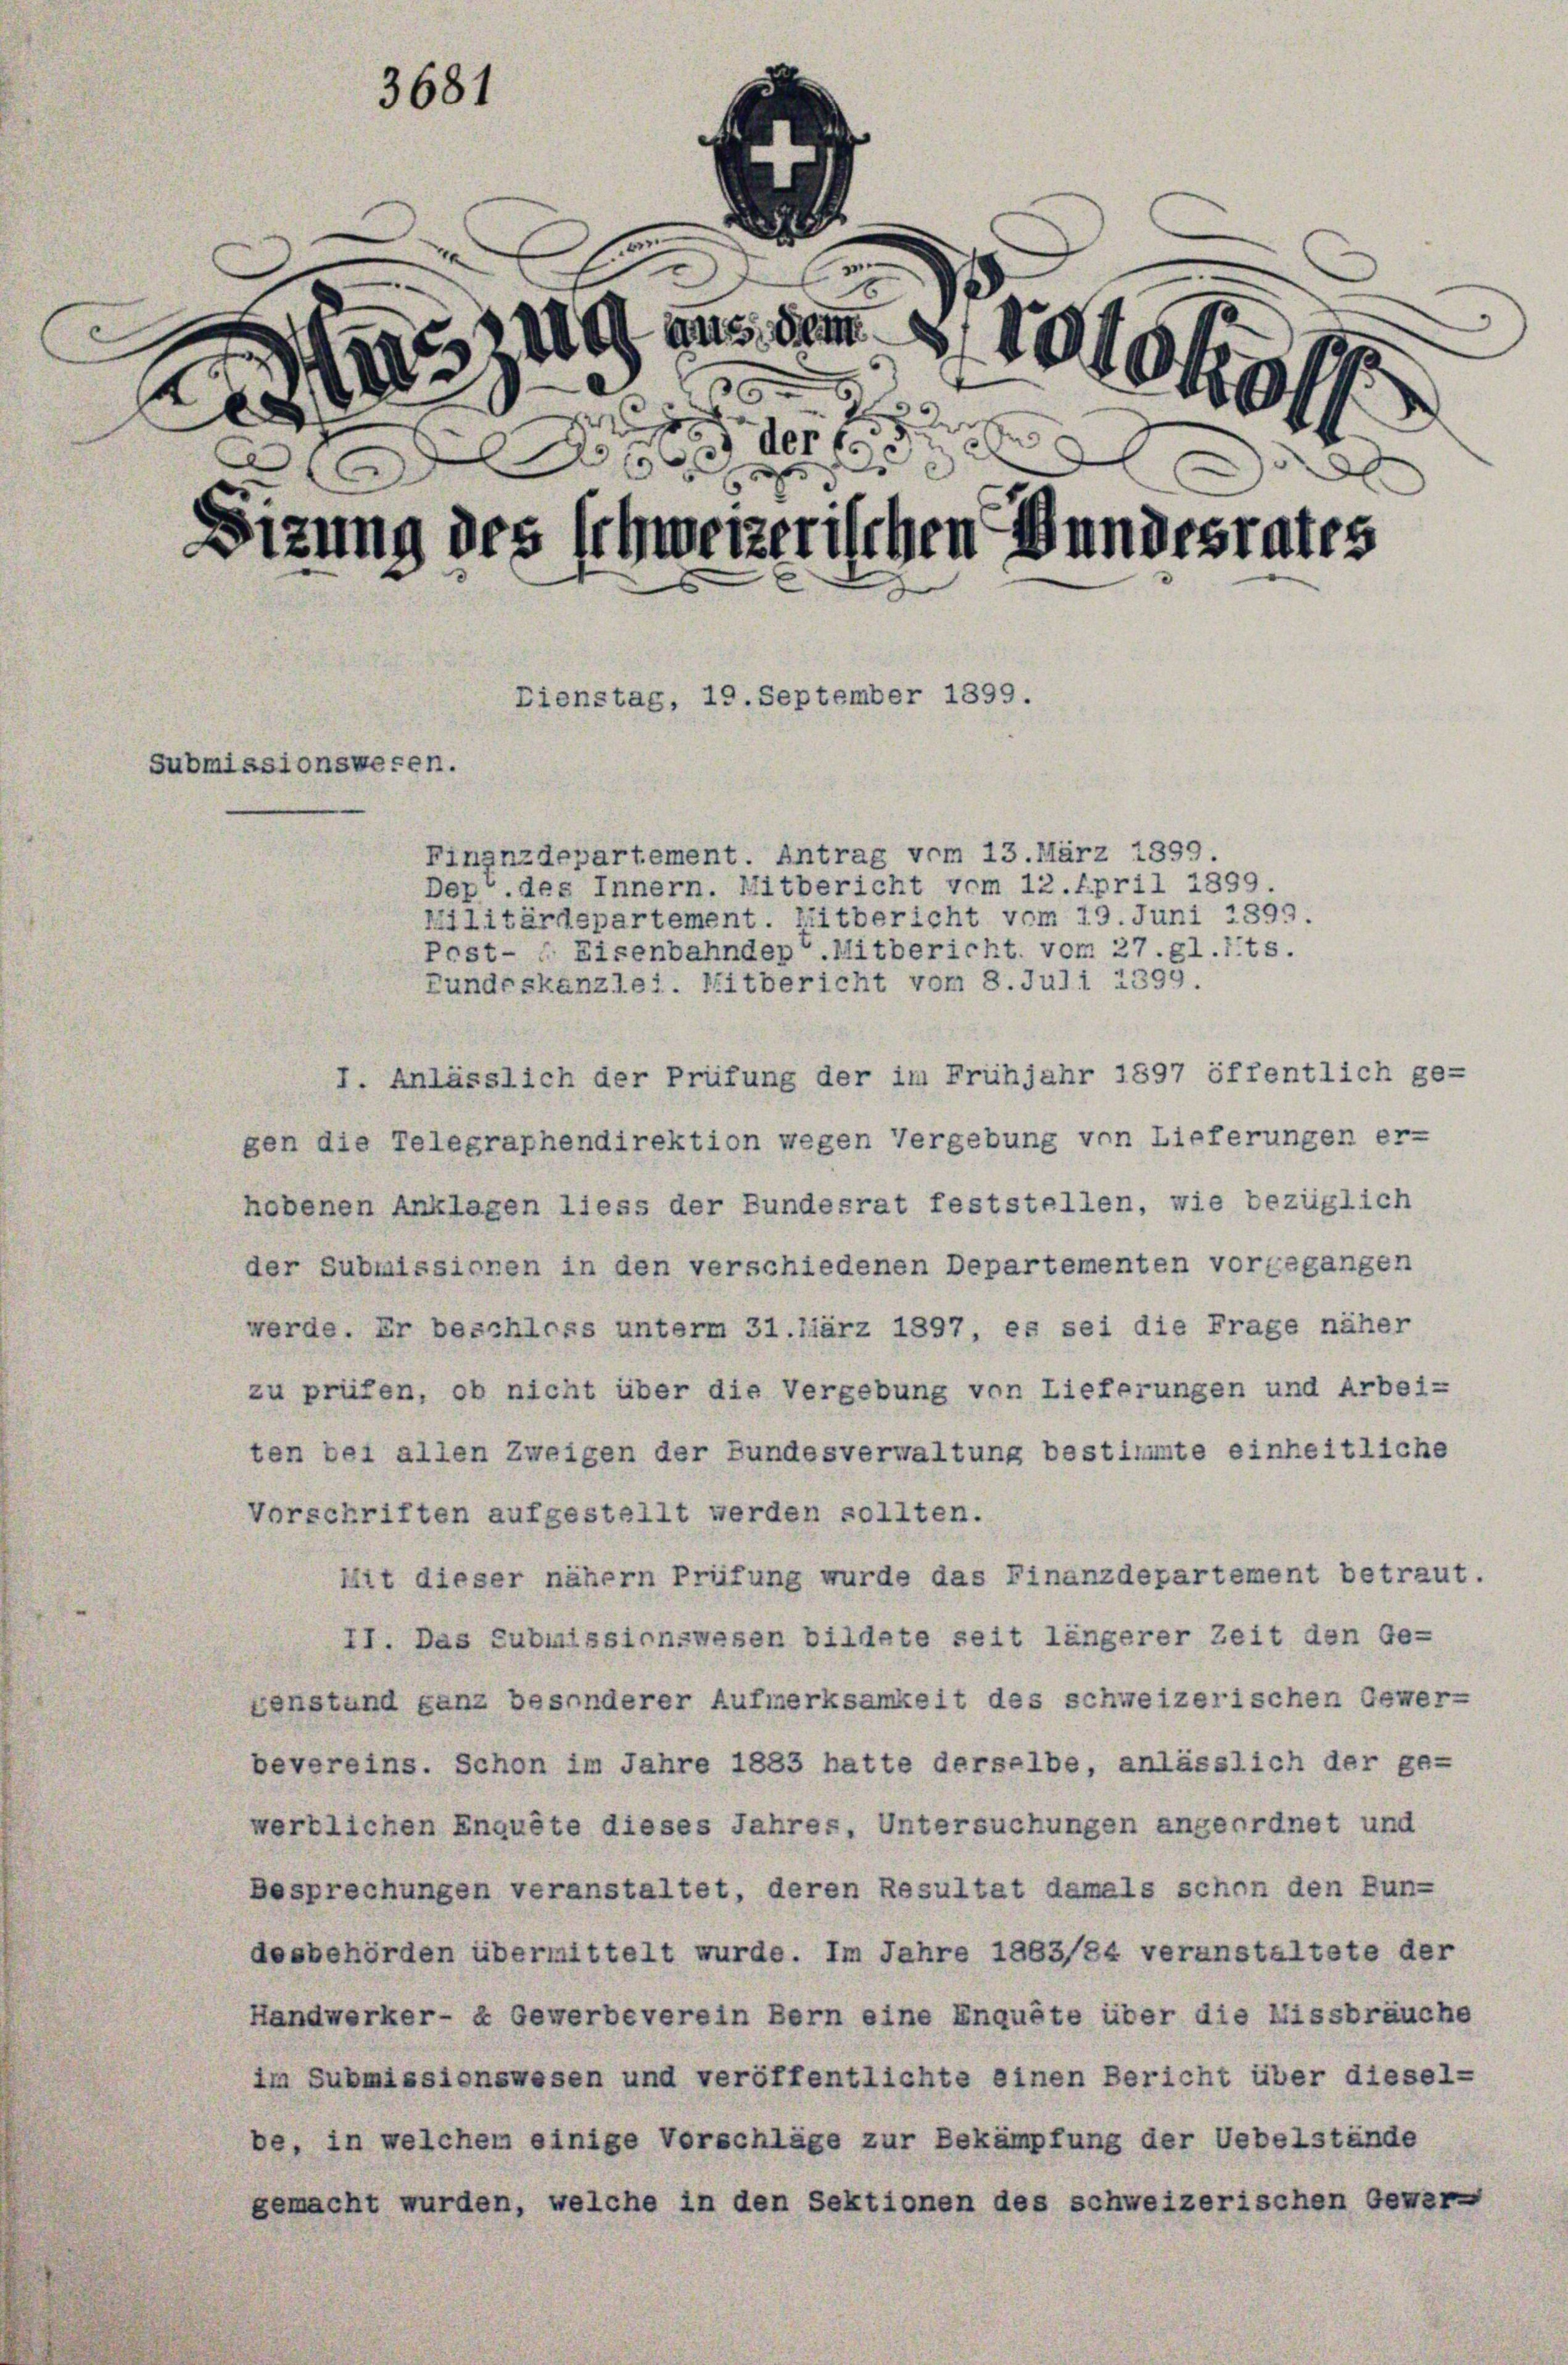
3681

s
1200 aus dem
1310 f 1
i
x
g
Dizung des schweizerischen Bundesrates
Eienstag, 19. September 1899.
Submissionswesen.

Leg

Finanzdepartement. Antrag vom 13. März 1899.
Dep. des Innern. Mitbericht vom 12. April 1899

¬
5

militärdspartement. Zeitbericht vom 19. Juni 1891.
Post- & Eisenbahnden Mitbericht vom 27. gl.its.
Fundeskanzlei. Mitbericht vom 8. Juli 1395.
I. Anlässlich der Prüfung der im Frühjahr 1897 öffentlich ge-
gen die Telegraphendirektion wegen Vergebung von Lieferungen er-
hobenen Anklagen liess der Bundesrat feststellen, wie bezüglich
der Submissionen in den verschiedenen Departementen vorgegangen
werde. Er beschloss unterm 31.liärz 1897, es sei die Frage näher
zu prüfen, ob nicht über die Vergebung von Lieferungen und Arbei-
ten bei allen Zweigen der Bundesverwaltung bestimmte einheitliche
Vorschriften aufgestellt werden sollten.
Mit dieser nähern Prüfung wurde das Finanzdepartement betraut.
II. Das Submissionswesen bildete seit längerer Zeit den Ge-
xenstand ganz besonderer Aufmerksamkeit des schweizerischen Gewer-
bevereins. Schon im Jahre 1883 hatte derselbe, anlässlich der ge-
werblichen Enquête dieses Jahres, Untersuchungen angeordnet und
Besprechungen veranstaltet, deren Resultat damals schon den Bun-
desbehörden übermittelt wurde. Im Jahre 1883/84 veranstaltete der
Handwerker- & Gewerbeverein Bern eine Enquête über die Missbräuche
im Submissionswesen und veröffentlichte einen Bericht über diesel-
be, in welchem einige Vorschläge zur Bekämpfung der Uebelstände
gemacht wurden, welche in den Sektionen des schweizerischen Gewer